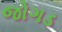
જોગડ